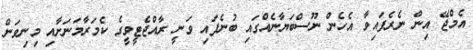
އެމްޖޭ އިން ނެރެފައިވާ އެހެން ނޫސްބަޔާނެއްގައި ބުނެފައި ވަނީ ރާއްޖެޓީވީގެ ކެމަރާމަނަށާއި މިނިވަން